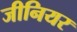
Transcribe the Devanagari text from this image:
जीनियर